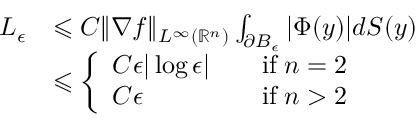
\begin{array} { r l } { L _ { \epsilon } } & { \leqslant C \| \nabla f \| _ { L ^ { \infty } ( \mathbb { R } ^ { n } ) } \int _ { \partial B _ { \epsilon } } | \Phi ( y ) | d S ( y ) } \\ & { \leqslant \left\{ \begin{array} { l l } { C \epsilon | \log \epsilon | \quad } & { \mathrm { i f } \; n = 2 } \\ { C \epsilon \quad } & { \mathrm { i f } \; n > 2 } \end{array} \right. } \end{array}